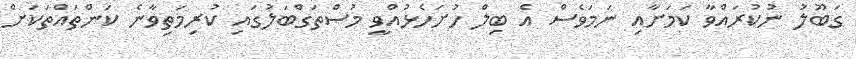
ގަބޫލު ނުކުރައްވާ ކަމަށާއި ނަމަވެސް އެ ބިލް ހުށަހެޅުއްވީ މުސްތަގްބަލުގައި ކުރިމަތިވާނެ ކަންތައްތަކަށް